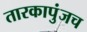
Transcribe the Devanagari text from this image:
तारकापुंजच